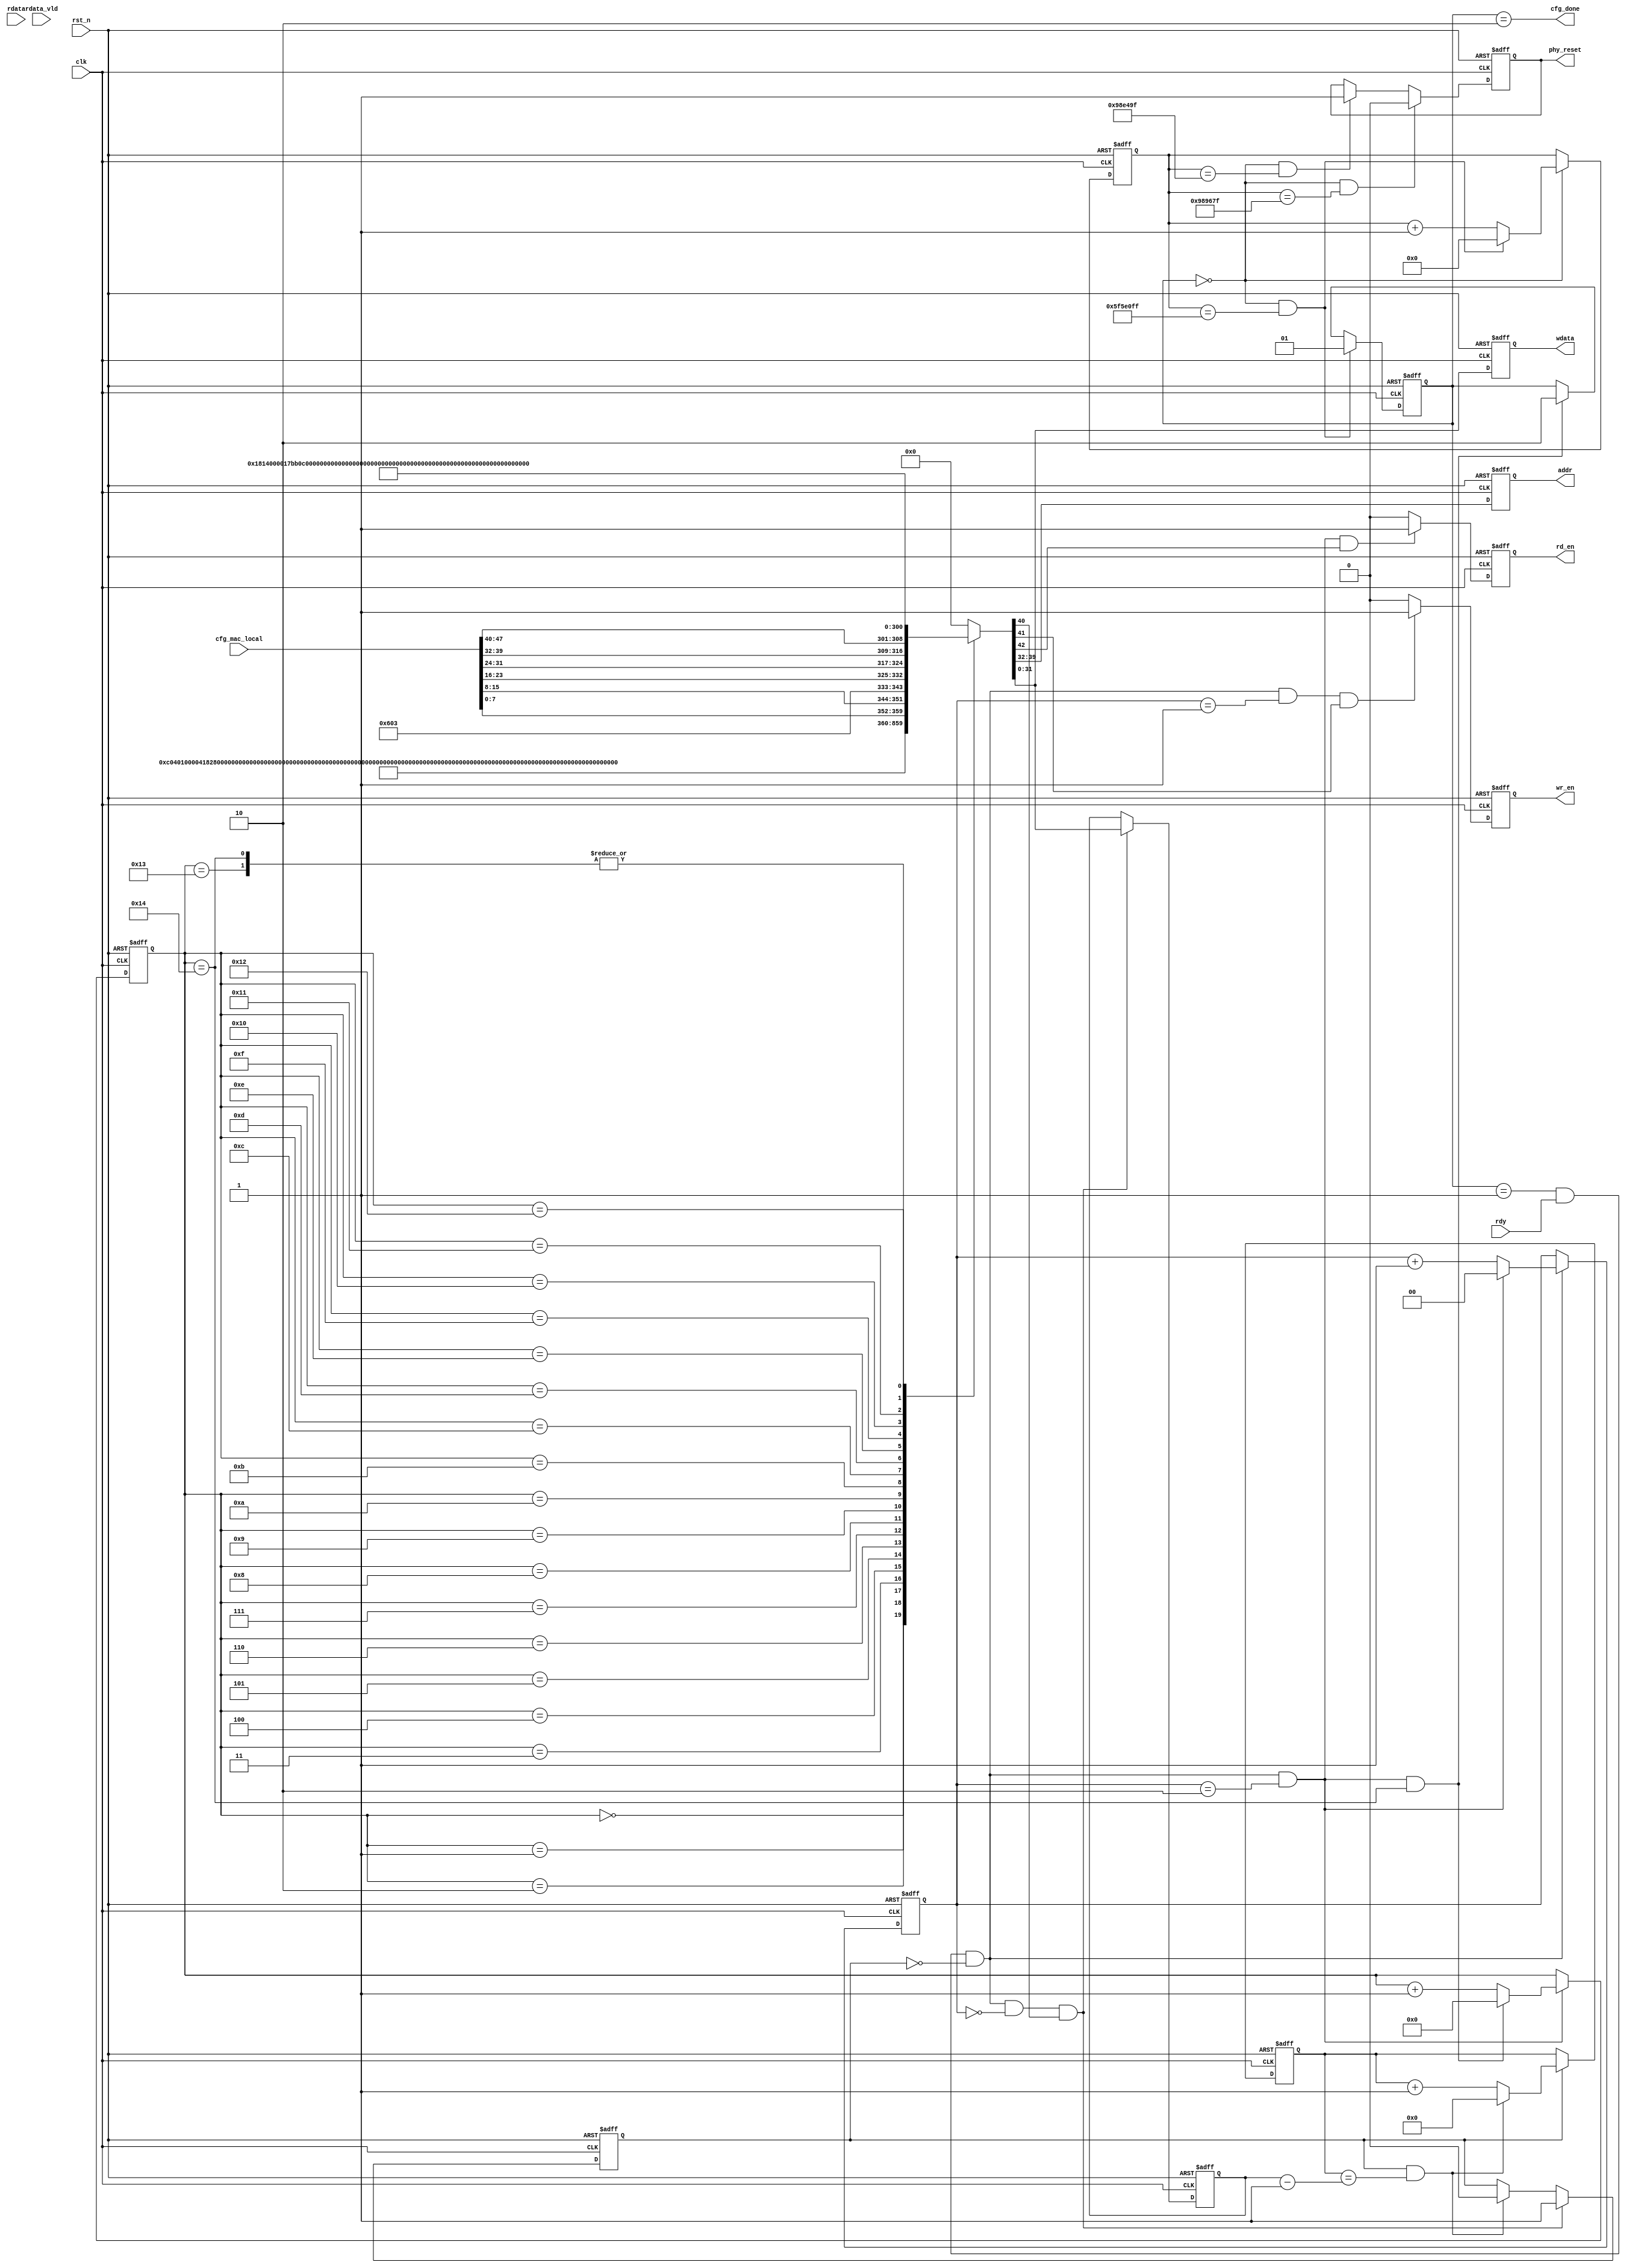
module mac_ip_config(
    clk        ,
    rst_n      ,
    cfg_mac_local,
    wr_en	   ,
	rd_en      ,
    rdy        ,
    addr       ,
    wdata      ,
    phy_reset  ,
    rdata      ,
    rdata_vld  ,
    cfg_done      
    );

    parameter      DATA_W  =        32; 
    parameter      ADDR_W  =         8;
    parameter      RW_NUM  =         3; 
    parameter      REG_NUM =        21; 

    input               clk      ;   
    input               rst_n    ;
    input [47:0]        cfg_mac_local;
    input               rdy      ;
    input [DATA_W-1:0]  rdata    ;
    input               rdata_vld;

    output[DATA_W-1:0]  wdata    ;
    output[ADDR_W-1:0]  addr     ;
    output              phy_reset;
    output              cfg_done;
    
    output              wr_en    ;
    output              rd_en    ;
    reg                 phy_reset;
    reg   [DATA_W-1:0]  wdata    ;
    reg   [ADDR_W-1:0]  addr     ;
    reg                 wr_en    ;
    reg                 rd_en    ;

    reg   [8 :0]        reg_cnt  ;
    wire                add_reg_cnt/*synthesis keep*/;
    wire                end_reg_cnt/*synthesis keep*/;
    reg [1:0]          flag     ;
    reg   [DATA_W+ADDR_W+RW_NUM-1:0]        add_wdata/*synthesis keep*/;

    reg   [ 1:0]        rw_cnt     ; //0-3
    wire                add_rw_cnt /*synthesis keep*/;
    wire                end_rw_cnt /*synthesis keep*/; //end_reg_cnt
    reg   [DATA_W-1:0]  wait_cnt   /*synthesis keep*/;
    wire                add_wait_cnt;
    wire                end_wait_cnt;
    reg   [DATA_W-1:0]  wait_time  /*synthesis keep*/;
    reg                 wait_flag  /*synthesis keep*/;

    reg [27:0]          cnt  ;
    wire                add_cnt;
    wire                end_cnt;


    always@(*) begin
	    case(reg_cnt)           //
		    0   : add_wdata = {3'b110,8'h02,32'h00800020};//common 32'h00800220      
		    1   : add_wdata = {3'b110,8'h09,32'd496    };//tx_section_emty  2048-16     
		    2   : add_wdata = {3'b110,8'h0e,32'd08     };//tx_almost_full      
		    3   : add_wdata = {3'b110,8'h0d,32'd08     };//tx_almost_empty      
		    4   : add_wdata = {3'b110,8'h07,32'd496    };//rx_section_empty      
		    5   : add_wdata = {3'b110,8'h0c,32'd08     };//rx_almost_full      
		    6   : add_wdata = {3'b110,8'h0b,32'd08      };//rx_almost_emty      
		    7   : add_wdata = {3'b110,8'h0a,32'd16      };//tx_section_full      
		    8   : add_wdata = {3'b110,8'h08,32'd16      };//rx_section_full      
		    9   : add_wdata = {3'b110,8'h3a,32'd00      }; //tx_commond_reg     
		   10   : add_wdata = {3'b110,8'h3b,32'h02000000}; //tx_commond_reg    
		   11   : add_wdata = {3'b110,8'h04,{16'h0,cfg_mac_local[7:0],cfg_mac_local[15:8]}};//MAC1      
		   12   : add_wdata = {3'b110,8'h03,{cfg_mac_local[23:16],cfg_mac_local[31:24],cfg_mac_local[39:32],cfg_mac_local[47:40]}};//MAC0      
		   13   : add_wdata = {3'b110,8'h05,32'd1518    };//MAX FRAME LENGTH      
		   14   : add_wdata = {3'b110,8'h17,32'd12      };//TX IPG LEGNTH      
		   15   : add_wdata = {3'b110,8'h06,32'hffffffff};//pause_quant
		   16   : add_wdata = {3'b110,8'h02,32'h00802020};//common,rst      
		   17   : add_wdata = {3'b001,8'h00,32'h10000   };//wait               
           18   : add_wdata = {3'b100,8'h02,32'h88888888};  //
		   19   : add_wdata = {3'b110,8'h02,32'h00800023};//common,enable tx and rx      
		   20   : add_wdata = {3'b110,8'h02,32'h00800023};//common,enable tx and rx      
	    default : add_wdata = 0;
	    endcase
	end 
		

    always @(posedge clk or negedge rst_n)begin
        if(!rst_n)begin
            cnt <= 0;
        end
        else if(add_cnt)begin
            if(end_cnt)
                cnt <= 0;
            else
                cnt <= cnt + 1'b1;
        end
    end

    assign add_cnt = flag == 0 ;       
    assign end_cnt = add_cnt && cnt== 100_000_000-1;

    
    always  @(posedge clk or negedge rst_n)begin
        if(rst_n==1'b0)begin
            phy_reset <= 1;
        end
        else if(add_cnt && cnt==10_000_000-1) begin
            phy_reset <= 0;
        end
        else if(add_cnt && cnt==10_020_000-1)begin
            phy_reset <= 1;
        end
    end

    always  @(posedge clk or negedge rst_n)begin
        if(rst_n==1'b0)begin
            flag <= 0;
        end
        else if(end_cnt)begin
            flag <= 1;
        end
        else if(end_reg_cnt)begin
            flag <= 2;
        end
    end

    assign cfg_done = flag==2;




    always  @(posedge clk or negedge rst_n)begin    //3bit
        if(rst_n==1'b0)begin
            rw_cnt <= 0;
        end
        else if(add_rw_cnt) begin
            if(end_rw_cnt)
                rw_cnt <= 0;
            else
                rw_cnt <= rw_cnt + 1'b1;
        end
    end

    assign  add_rw_cnt = flag==1 && rdy && wait_flag==0;
    assign  end_rw_cnt = add_rw_cnt && rw_cnt==RW_NUM-1;
		
    always  @(posedge clk or negedge rst_n)begin    //0-18
        if(rst_n==1'b0)begin
            reg_cnt <= 0;
        end
        else if(add_reg_cnt)begin
            if(end_reg_cnt)
                reg_cnt <= 0;
            else
                reg_cnt <= reg_cnt + 1'b1;
        end
    end

    assign add_reg_cnt = end_rw_cnt;   
    assign end_reg_cnt = add_reg_cnt && reg_cnt==REG_NUM-1;

    

    always  @(posedge clk or negedge rst_n)begin    //
        if(rst_n==1'b0)begin
            wait_cnt <= 0;
        end
        else if(add_wait_cnt) begin
            if(end_wait_cnt)
                wait_cnt <= 0;
            else
                wait_cnt <= wait_cnt + 1;
        end
    end
    assign add_wait_cnt = wait_flag;
    assign end_wait_cnt = add_wait_cnt && wait_cnt==wait_time-1;


    //add_wdata
   
    always  @(posedge clk or negedge rst_n)begin
        if(rst_n==1'b0)begin
            wdata <= 0;   
        end
        else begin
            wdata <= add_wdata[DATA_W-1:0];
        end
    end

    always  @(posedge clk or negedge rst_n)begin
        if(rst_n==1'b0)begin
            addr <= 8'b0;
        end
        else begin
            addr <= add_wdata[DATA_W+ADDR_W-1 -:ADDR_W];
        end
    end

    always  @(posedge clk or negedge rst_n)begin //MAC_ip18wait_flag
        if(rst_n==1'b0)begin
            wait_flag <= 0;
        end
        else if(add_rw_cnt && rw_cnt==0 && add_wdata[DATA_W+ADDR_W+0])begin
            wait_flag <= 1;
        end
        else if(end_wait_cnt)begin
            wait_flag <= 0;
        end
    end

    always  @(posedge clk or negedge rst_n)begin 
        if(rst_n==1'b0)begin
            wait_time <= 0;
        end
        else if(add_rw_cnt && rw_cnt==0 && add_wdata[DATA_W+ADDR_W+0])begin
            wait_time <= add_wdata[DATA_W-1:0];
        end
    end


    //wr_en
    always  @(posedge clk or negedge rst_n)begin
        if(rst_n==1'b0)begin
            wr_en <= 1'b0;
        end
        else if(add_rw_cnt && rw_cnt==1 && add_wdata[DATA_W+ADDR_W+1])begin
            wr_en <= 1'b1;
        end
        else begin
            wr_en <= 1'b0;
        end
    end


    always  @(posedge clk or negedge rst_n)begin
        if(rst_n==1'b0)begin
            rd_en <= 1'b0;
        end
        else if(add_rw_cnt && rw_cnt==2 && add_wdata[DATA_W+ADDR_W+2])begin
            rd_en <= 1'b1;
        end
        else begin
            rd_en <= 1'b0;
        end
    end
	

endmodule